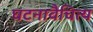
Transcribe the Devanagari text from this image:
घटनावैचित्य